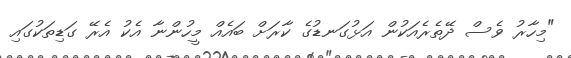
"މިހާރު ވެސް ދޭތެރެއަކުން އަޅުގަނޑުގެ ކާރަށް ބައެއް މީހުންނާ އެކު އެރޭ ގަޑިތަކުގައި